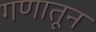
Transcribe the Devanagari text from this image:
गणातून